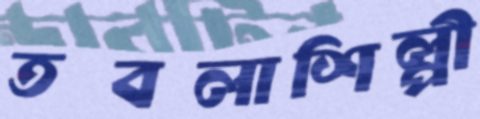
তবলাশিল্পী